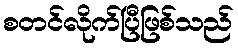
စတင်လိုက်ပြီဖြစ်သည်